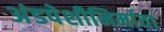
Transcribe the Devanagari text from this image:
अंडपेशीनिर्माता